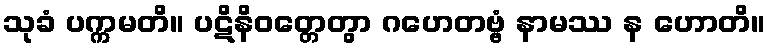
သုခံ ပက္ကမတိ။ ပဋိနိဝတ္တေတွာ ဂဟေတဗ္ဗံ နာမဿ န ဟောတိ။